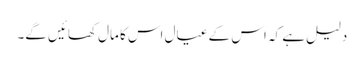
دلیل ہے کہ اس کے عیال اس کا مال کھائیں گے۔